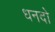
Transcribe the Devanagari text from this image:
धनदो